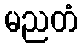
မညတံ